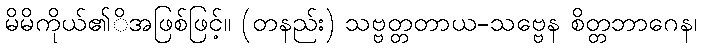
မိမိကိုယ်၏ိအဖြစ်ဖြင့်။ (တနည်း) သဗ္ဗတ္တတာယ-သဗ္ဗေန စိတ္တဘာဂေန၊